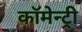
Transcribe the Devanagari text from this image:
कॉमेन्ट्री